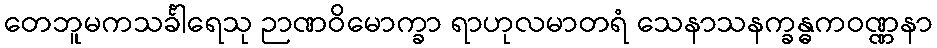
တေဘူမကသင်္ခါရေသု ဉာဏဝိမောက္ခာ ရာဟုလမာတရံ သေနာသနက္ခန္ဓကဝဏ္ဏနာ